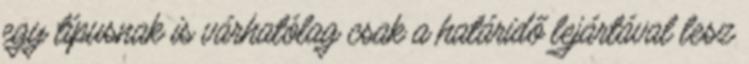
egy típusnak is várhatólag csak a határidő lejártával lesz